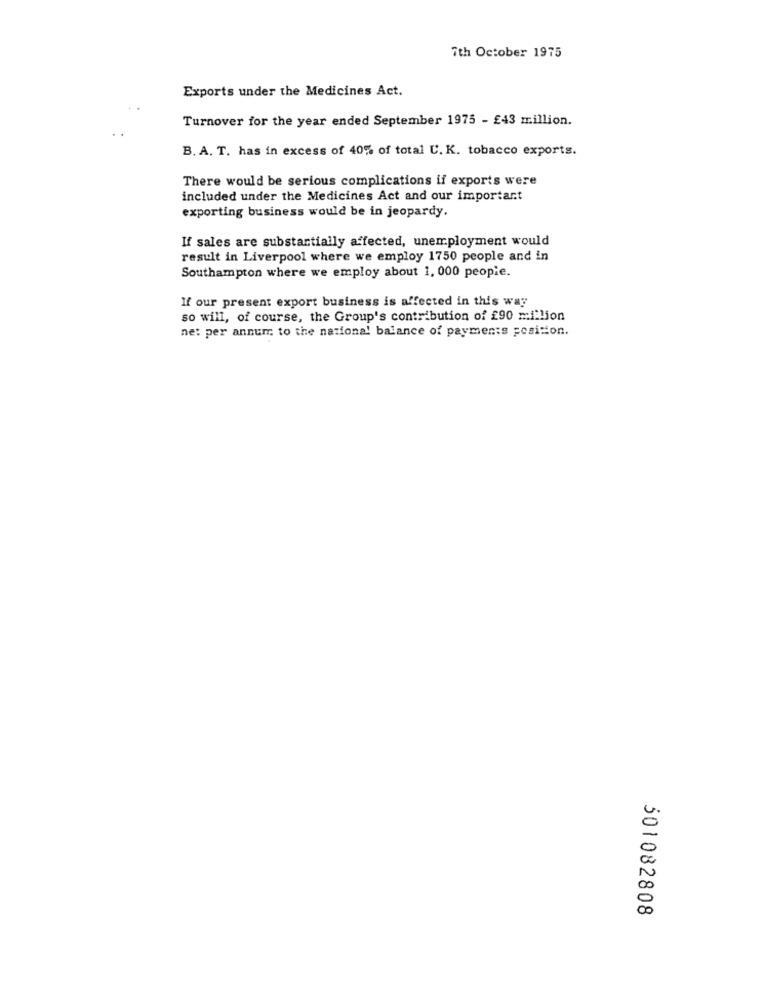
7th October 1975
Exports under the Medicines Act.
Turnover for the year ended September 1975 - £43 million.
B. A. T. has in excess of 40% of total U. K. tobacco exports.
There would be serious complications if exports were
included under the Medicines Act and our important
exporting business would be in jeopardy.
If sales are substantially affected, unemployment would
result in Liverpool where we employ 1750 people and in
Southampton where we employ about 1, 000 people.
If our present export business is affected in this way
so will, of course, the Group's contribution of £90 million
net per annum to the national balance of payments position.
501082808